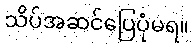
သိပ်အဆင်ပြေပုံမရ။